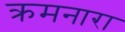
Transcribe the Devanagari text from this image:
क्रमनारा